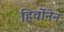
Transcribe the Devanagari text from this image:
हिर्वोनेन